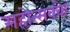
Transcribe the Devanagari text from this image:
महोत्सवके